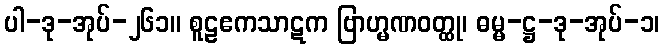
ပါ-ဒု-အုပ်-၂၆၁။ စူဠဧကသာဋက ဗြာဟ္မဏဝတ္ထု၊ ဓမ္မ-ဋ္ဌ-ဒု-အုပ်-၁၊